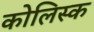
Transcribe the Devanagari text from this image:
कोलिस्क